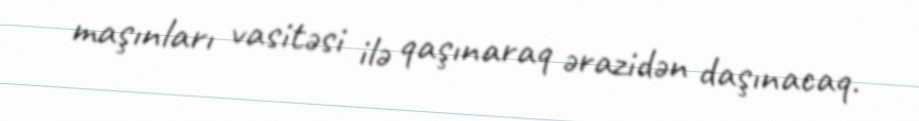
maşınları vasitəsi ilə qaşınaraq ərazidən daşınacaq.